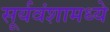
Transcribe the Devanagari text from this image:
सूर्यवंशामध्ये